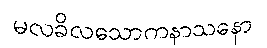
မလခိလသောကနာသနော